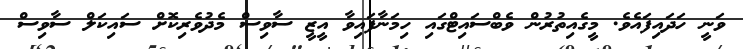
ވަނީ ހަދައިފައެވެ. މީގެއިތުރުން ވެބްސައިޓްގައި ހިމަނާފައިވާ އީޒީ ސާވިސް މެދުވެރިކޮށް ސައިކަލް ސާވިސް